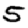
Digit: 5